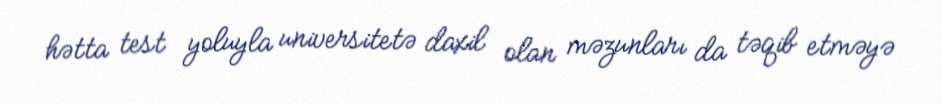
hətta test yoluyla universitetə daxil olan məzunları da təqib etməyə